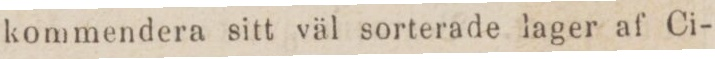
kommendera sitt väl sorterade lager af Ci-